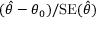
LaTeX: ( { \hat { \theta } } - \theta _ { 0 } ) / \mathrm { { S E } } ( { \hat { \theta } } )